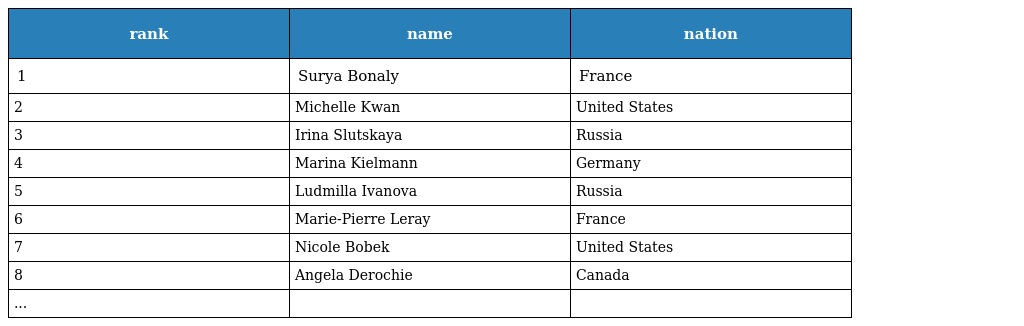
| rank | name | nation |
 | --- | --- | --- |
 | 1 | Surya Bonaly | France |
 | 2 | Michelle Kwan | United States |
 | 3 | Irina Slutskaya | Russia |
 | 4 | Marina Kielmann | Germany |
 | 5 | Ludmilla Ivanova | Russia |
 | 6 | Marie-Pierre Leray | France |
 | 7 | Nicole Bobek | United States |
 | 8 | Angela Derochie | Canada |
 | ... |  |  |